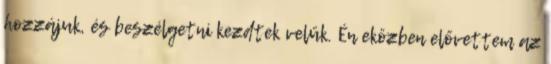
hozzájuk, és beszélgetni kezdtek velük. Én eközben elővettem az